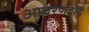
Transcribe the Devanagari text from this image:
आचरणवाद